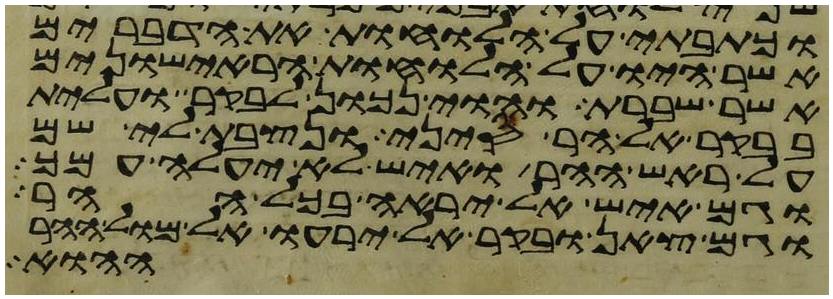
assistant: וכתבתי על הלוחות את הדברים
אשר היו על הלוחות הראישונים
אשר שברת והוי נכון לבקר ועלית
בבקר אל הר סיני ונצבת לי שם
על ראש ההר ואיש לא יעלה עמך
וגם איש אל יראה בכל ההר
וגם צאן ובקר אל ירעו אל מול ההר
ההוא